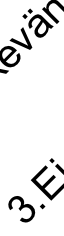
3 ä